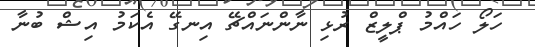
ހަލޯ ހައްމު ޕްލީޒް ރުޅި ނާންނައްޗޭ އިނގޭ އެކަމު އިޝް ބުނާ